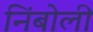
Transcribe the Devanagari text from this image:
निंबोली